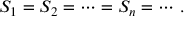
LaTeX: S _ { 1 } = S _ { 2 } = \cdots = S _ { n } = \cdots \, .